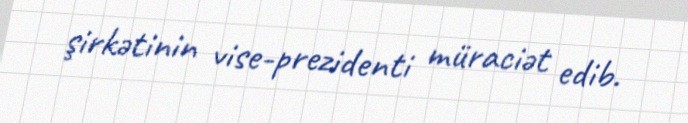
şirkətinin vise-prezidenti müraciət edib.